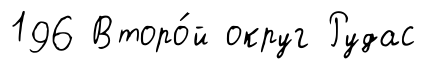
196 Второ́й округ Рудас